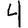
Digit: 4